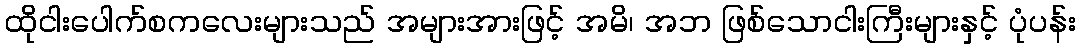
ထိုငါးပေါက်စကလေးများသည် အများအားဖြင့် အမိ၊ အဘ ဖြစ်သောငါးကြီးများနှင့် ပုံပန်း